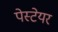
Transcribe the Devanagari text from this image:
पेस्टेयर